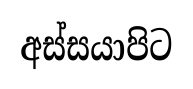
අස්සයාපිට